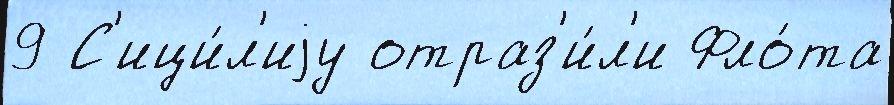
9 С'ици́л'иjу отраз'и́л'и Фло́та